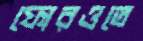
ফোরওতে